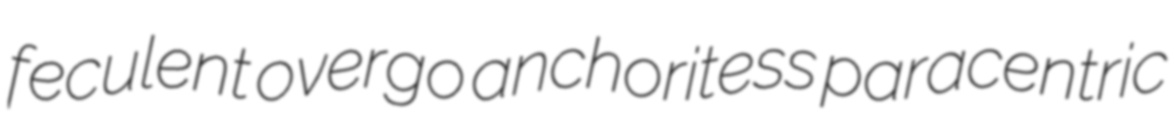
feculent overgo anchoritess paracentric